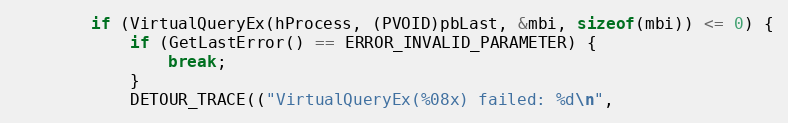
Language: C++
        if (VirtualQueryEx(hProcess, (PVOID)pbLast, &mbi, sizeof(mbi)) <= 0) {
            if (GetLastError() == ERROR_INVALID_PARAMETER) {
                break;
            }
            DETOUR_TRACE(("VirtualQueryEx(%08x) failed: %d\n",